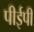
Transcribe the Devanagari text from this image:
पीईपी